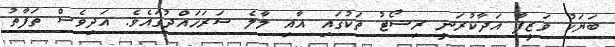
ބަޔަކު ވަޒީފާ އަދާކުރަނީ ރިސޯޓު ތަކުގައި އާއި މާލެ ސަރަހައްދުގައެވެ. އަދިވެސް ތަފާތު